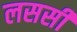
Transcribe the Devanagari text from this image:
लससी